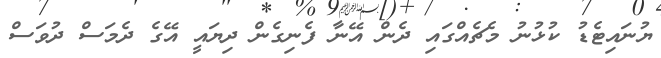
ޔުނައިޓެޑު ކުޅުނު މެޗެއްގައި ދެން އޭނާ ފެނިގެން ދިޔައީ އޭގެ ދެމަސް ދުވަސް